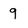
Character: 9